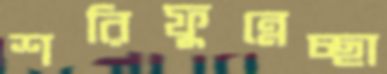
শরিফুন্নেচ্ছা